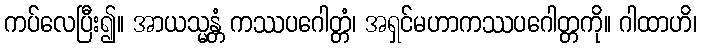
ကပ်လေပြီး၍။ အာယသ္မန္တံ ကဿပဂေါတ္တံ၊ အရှင်မဟာကဿပဂေါတ္တကို။ ဂါထာဟိ၊